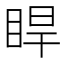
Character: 睅